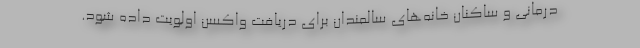
درمانی و ساکنان خانه‌های سالمندان برای دریافت واکسن اولویت داده شود.